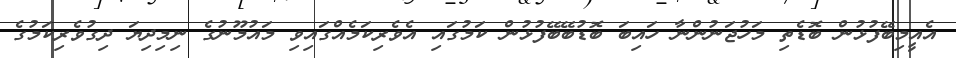
އެއީމިބޭފުޅުން ބޮޑެތި މަހުޖަނުންނާ ހައިބަ ބޮޑުބޭބޭފުޅުން ކަމުގައި އެވެރިކަމެއްގައިވި މައުމޫނުގެ ނިމިދިޔަ ދިގުވެރިކަމުގެ